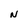
Character: N